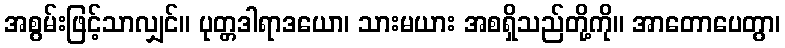
အစွမ်းဖြင့်သာလျှင်။ ပုတ္တဒါရာဒယော၊ သားမယား အစရှိသည်တို့ကို။ အာတောပေတွာ၊